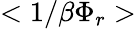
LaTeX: <1/\beta\Phi_{r}>